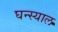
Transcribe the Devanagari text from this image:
घन्स्याल